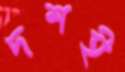
দশই